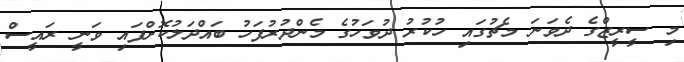
މި ސީރީޒްގެ ދެވަނަ މެޗުގައި ހުކުރު ދުވަހުގެ މެންދުރުފަހު ބައްދަލުކޮށްފައި ވަނީ ރައީސް